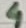
Text: 4